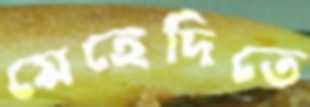
মেহেদিতে